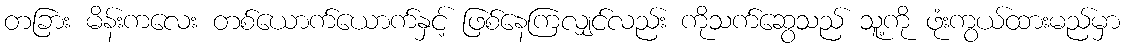
တခြား မိန်းကလေး တစ်ယောက်ယောက်နှင့် ဖြစ်နေကြလျှင်လည်း ကိုသက်ဆွေသည် သူ့ကို ဖုံးကွယ်ထားမည်မှာ